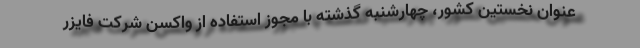
عنوان نخستین کشور، چهارشنبه گذشته با مجوز استفاده از واکسن شرکت فایزر